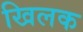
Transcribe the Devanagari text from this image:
खिलक